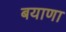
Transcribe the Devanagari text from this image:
बयाणा